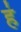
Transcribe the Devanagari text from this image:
ह॑